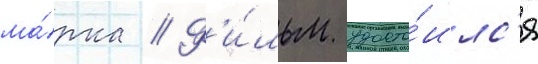
ма́рка // Ф'и́льм удосто́илс'я